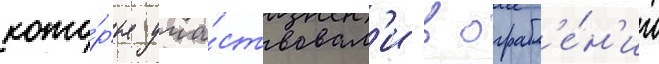
кото́рые уча́ствовал'и в ограбл'е́н'ии